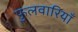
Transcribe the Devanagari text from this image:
फुलवारियाँ